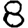
Digit: 8